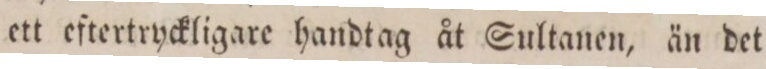
ett eftertryckligare handtag åt Sultanen, än det